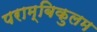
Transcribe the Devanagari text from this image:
पराम्बिकुलम